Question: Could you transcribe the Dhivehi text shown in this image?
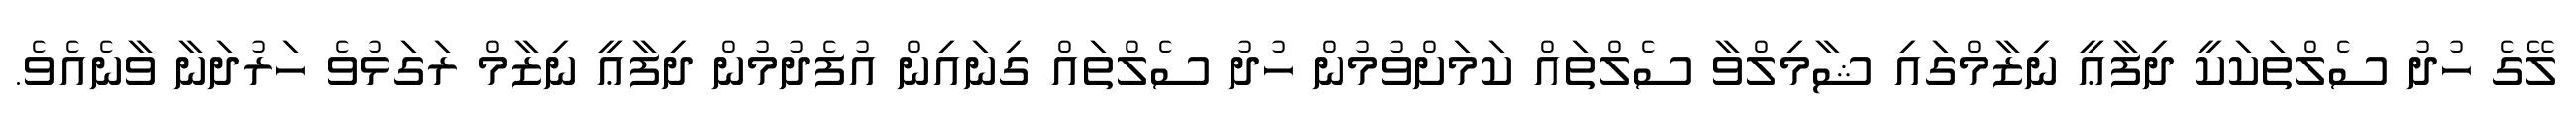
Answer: ލޭގެ ހުދު ސެލްތަކަކީ ދިފާޢީ ނިޒާމްގައި ޝާމިލްވާ ސެލްތައް ކަމަށްވުމުން ހުދު ސެލްތައް ގިނައިން އުފެދުމުން ދިފާޢީ ނިޒާމް ރަގަޅުވެ ހަރުދަނާ ވާނެއެވެ.